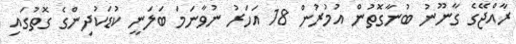
ރާއްޖޭގެ ގާނޫނު ބުނާގޮތުން އުމުރުން 18 އަހަރު ނުވާނަމަ ބަލަނީ ކުޑަކުދިންގެ ގޮތުގައި